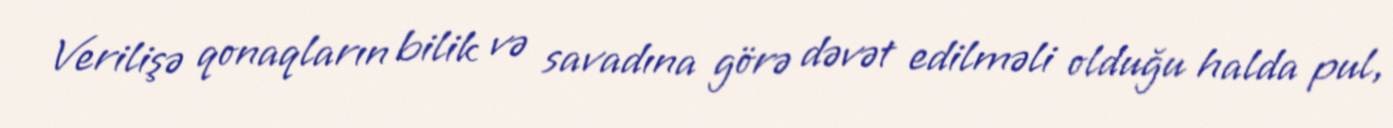
Verilişə qonaqların bilik və savadına görə dəvət edilməli olduğu halda pul,